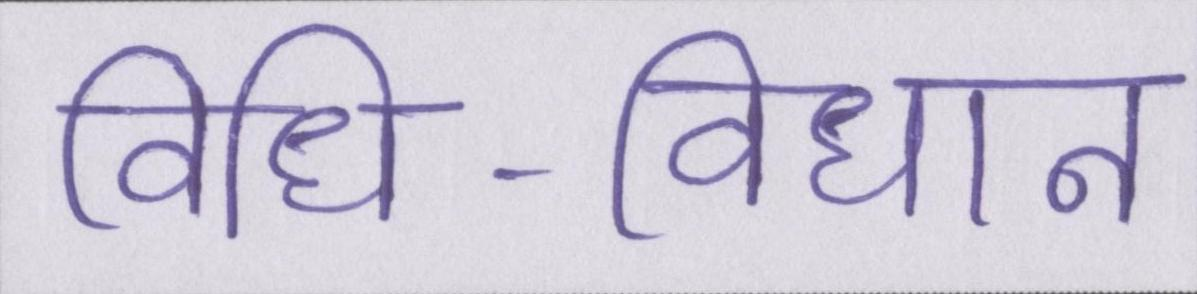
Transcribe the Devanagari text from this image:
विधि-विधान